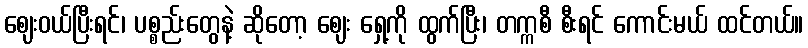
ဈေးဝယ်ပြီးရင်၊ ပစ္စည်းတွေနဲ့ ဆိုတော့ ဈေး ရှေ့ကို ထွက်ပြီး၊ တက္ကစီ စီးရင် ကောင်းမယ် ထင်တယ်။